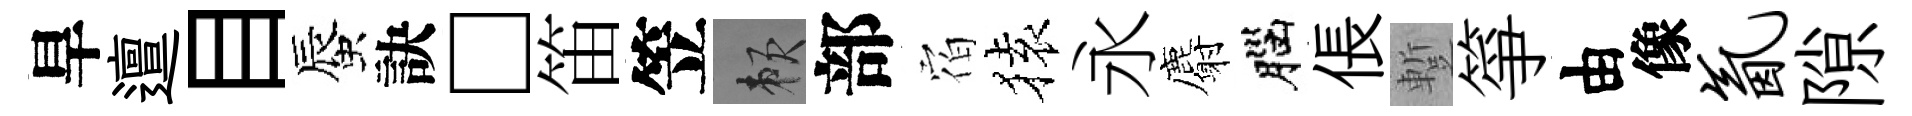
旱邅目蜃訣□笛笠賴部𪧐𫞤永麝腦倀蹔箏由像氤隙